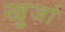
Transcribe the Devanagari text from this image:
खु्र्जा